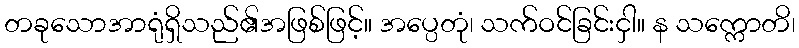
တခုသောအာရုံရှိသည်၏အဖြစ်ဖြင့်။ အပ္ပေတုံ၊ သက်ဝင်ခြင်းငှါ။ န သက္ကောတိ၊